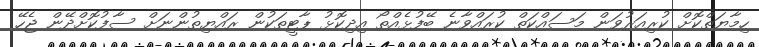
ހިމާޔަތްކޮށް ކުރިއަރުވަން މަސައްކަތް ކުރައްވާނެ ބޭފުޅެއްތޯ އިދިކޮޅު ޕާޓީތަކުން ރައްޔިތުންނަށް ސާފުކޮށްދޭން ޖެހޭ